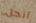
آنجل